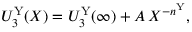
U _ { 3 } ^ { \mathrm { Y } } ( X ) = U _ { 3 } ^ { \mathrm { Y } } ( \infty ) + A \, X ^ { - n ^ { \mathrm { Y } } } ,